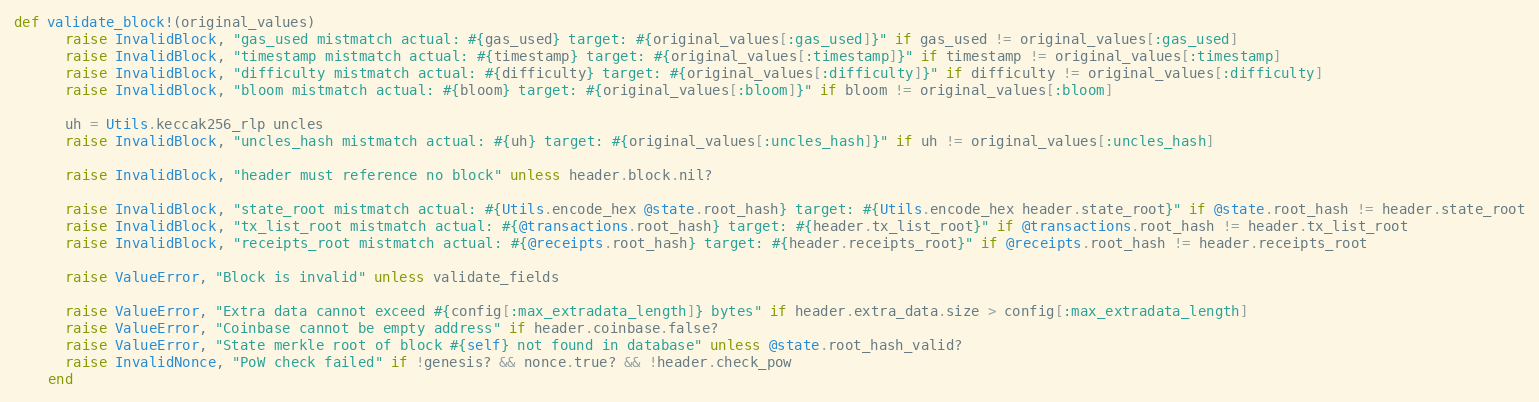
Language: Ruby
def validate_block!(original_values)
      raise InvalidBlock, "gas_used mistmatch actual: #{gas_used} target: #{original_values[:gas_used]}" if gas_used != original_values[:gas_used]
      raise InvalidBlock, "timestamp mistmatch actual: #{timestamp} target: #{original_values[:timestamp]}" if timestamp != original_values[:timestamp]
      raise InvalidBlock, "difficulty mistmatch actual: #{difficulty} target: #{original_values[:difficulty]}" if difficulty != original_values[:difficulty]
      raise InvalidBlock, "bloom mistmatch actual: #{bloom} target: #{original_values[:bloom]}" if bloom != original_values[:bloom]

      uh = Utils.keccak256_rlp uncles
      raise InvalidBlock, "uncles_hash mistmatch actual: #{uh} target: #{original_values[:uncles_hash]}" if uh != original_values[:uncles_hash]

      raise InvalidBlock, "header must reference no block" unless header.block.nil?

      raise InvalidBlock, "state_root mistmatch actual: #{Utils.encode_hex @state.root_hash} target: #{Utils.encode_hex header.state_root}" if @state.root_hash != header.state_root
      raise InvalidBlock, "tx_list_root mistmatch actual: #{@transactions.root_hash} target: #{header.tx_list_root}" if @transactions.root_hash != header.tx_list_root
      raise InvalidBlock, "receipts_root mistmatch actual: #{@receipts.root_hash} target: #{header.receipts_root}" if @receipts.root_hash != header.receipts_root

      raise ValueError, "Block is invalid" unless validate_fields

      raise ValueError, "Extra data cannot exceed #{config[:max_extradata_length]} bytes" if header.extra_data.size > config[:max_extradata_length]
      raise ValueError, "Coinbase cannot be empty address" if header.coinbase.false?
      raise ValueError, "State merkle root of block #{self} not found in database" unless @state.root_hash_valid?
      raise InvalidNonce, "PoW check failed" if !genesis? && nonce.true? && !header.check_pow
    end